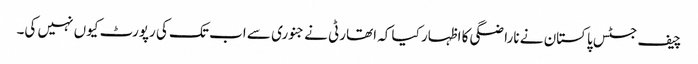
چیف جسٹس پاکستان نے ناراضگی کا اظہار کیا کہ اتھارٹی نے جنوری سے اب تک کی رپورٹ کیوں نہیں کی۔